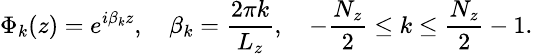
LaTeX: \small\Phi_{k}(z)=e^{i\beta_{k}z},\quad\beta_{k}=\frac{2\pi k}{L_{z}},\quad-\frac{N_{z}}{2}\leq k\leq\frac{N_{z}}{2}-1.